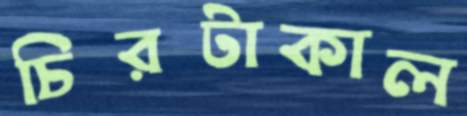
চিরটাকাল